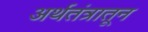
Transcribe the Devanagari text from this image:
अर्थतंत्रातून